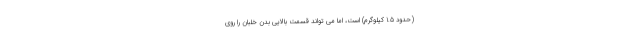
(حدود 1.5 کیلوگرم) است، اما می تواند قسمت بالایی بدن خلبان را روی